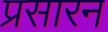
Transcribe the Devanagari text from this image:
प्रसारन